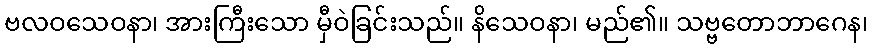
ဗလဝသေဝနာ၊ အားကြီးသော မှီဝဲခြင်းသည်။ နိသေဝနာ၊ မည်၏။ သဗ္ဗတောဘာဂေန၊